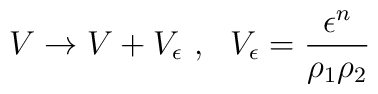
V \rightarrow V + V_{\epsilon}\,\,,\,\,\,\,V_{\epsilon} =  \frac{\epsilon^{n}}{\rho_{1}\rho_{2}}